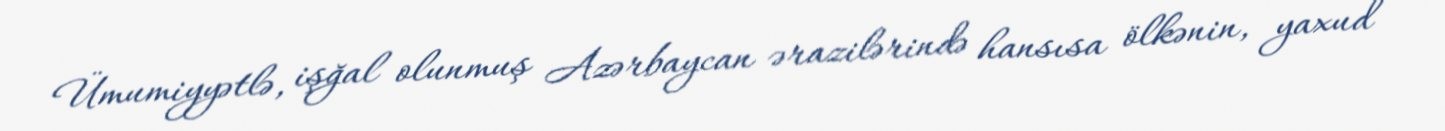
Ümumiyyətlə, işğal olunmuş Azərbaycan ərazilərində hansısa ölkənin, yaxud